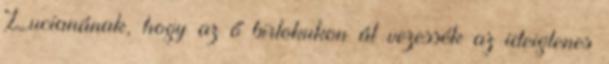
Lucianának, hogy az ő birtokukon át vezessék az ideiglenes